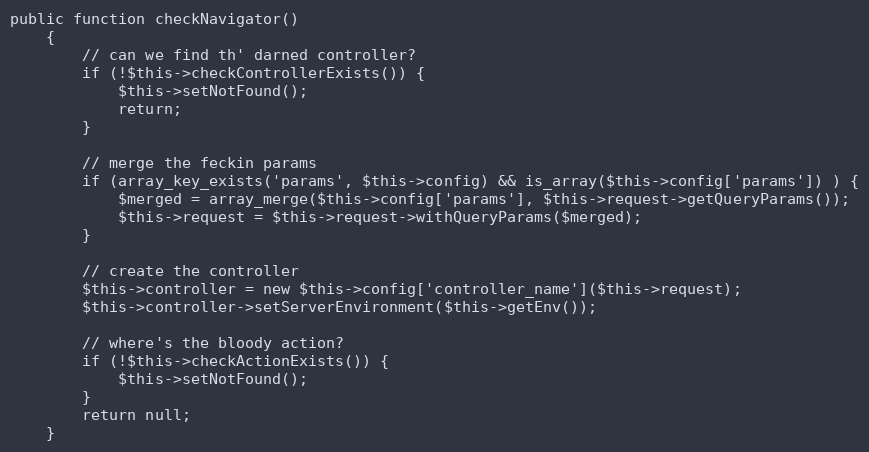
Language: PHP
public function checkNavigator()
    {
        // can we find th' darned controller?
        if (!$this->checkControllerExists()) {
            $this->setNotFound();
            return;
        }

        // merge the feckin params
        if (array_key_exists('params', $this->config) && is_array($this->config['params']) ) {
            $merged = array_merge($this->config['params'], $this->request->getQueryParams());
            $this->request = $this->request->withQueryParams($merged);
        }

        // create the controller
        $this->controller = new $this->config['controller_name']($this->request);
        $this->controller->setServerEnvironment($this->getEnv());

        // where's the bloody action?
        if (!$this->checkActionExists()) {
            $this->setNotFound();
        }
        return null;
    }